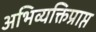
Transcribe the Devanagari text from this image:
अभिव्यक्तिप्राप्त